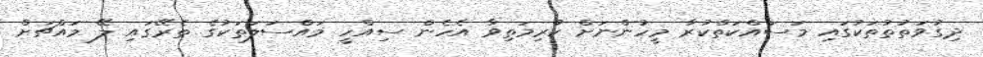
ދިގުވަތުތުތަކުގައި މަސައްކަތްކުރާ މީހުންނަށް ކުރިމަތިވާ އެހެން ސިއްހީ މައްސަލަތަކުގެ ތެރޭގައި ލޭ މައްޗަށް